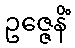
ဥဇ္ဇေနိံ